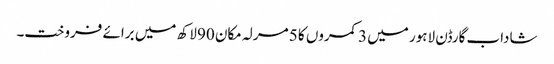
شاداب گارڈن لاہور میں 3 کمروں کا 5 مرلہ مکان 90 لاکھ میں برائے فروخت۔